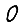
Digit: 0